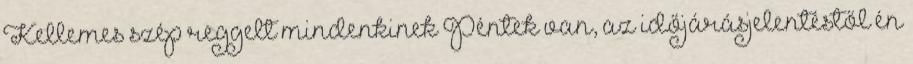
Kellemes szép reggelt mindenkinek Péntek van, az időjárásjelentéstől én